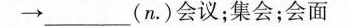
\to ___（n\cdot）会议；集会；会面